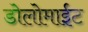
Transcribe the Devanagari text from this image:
डोलोमाईट